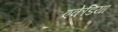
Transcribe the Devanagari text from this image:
एकेडिया